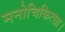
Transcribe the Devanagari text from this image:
मनोचिकित्सा।